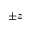
\pm z